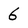
Character: 6